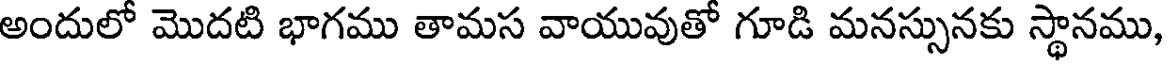
అందులో మొదటి భాగము తామస వాయువుతో గూడి మనస్సునకు స్థానము,